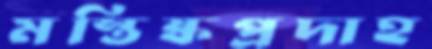
মস্তিষ্কপ্রদাহ